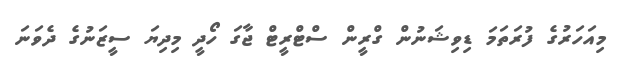
މިއަހަރުގެ ފުރަތަމަ ޑިވިޝަނުން ގްރީން ސްޓްރީޓް ޖާގަ ހޯދީ މިދިޔަ ސީޒަނުގެ ދެވަނަ